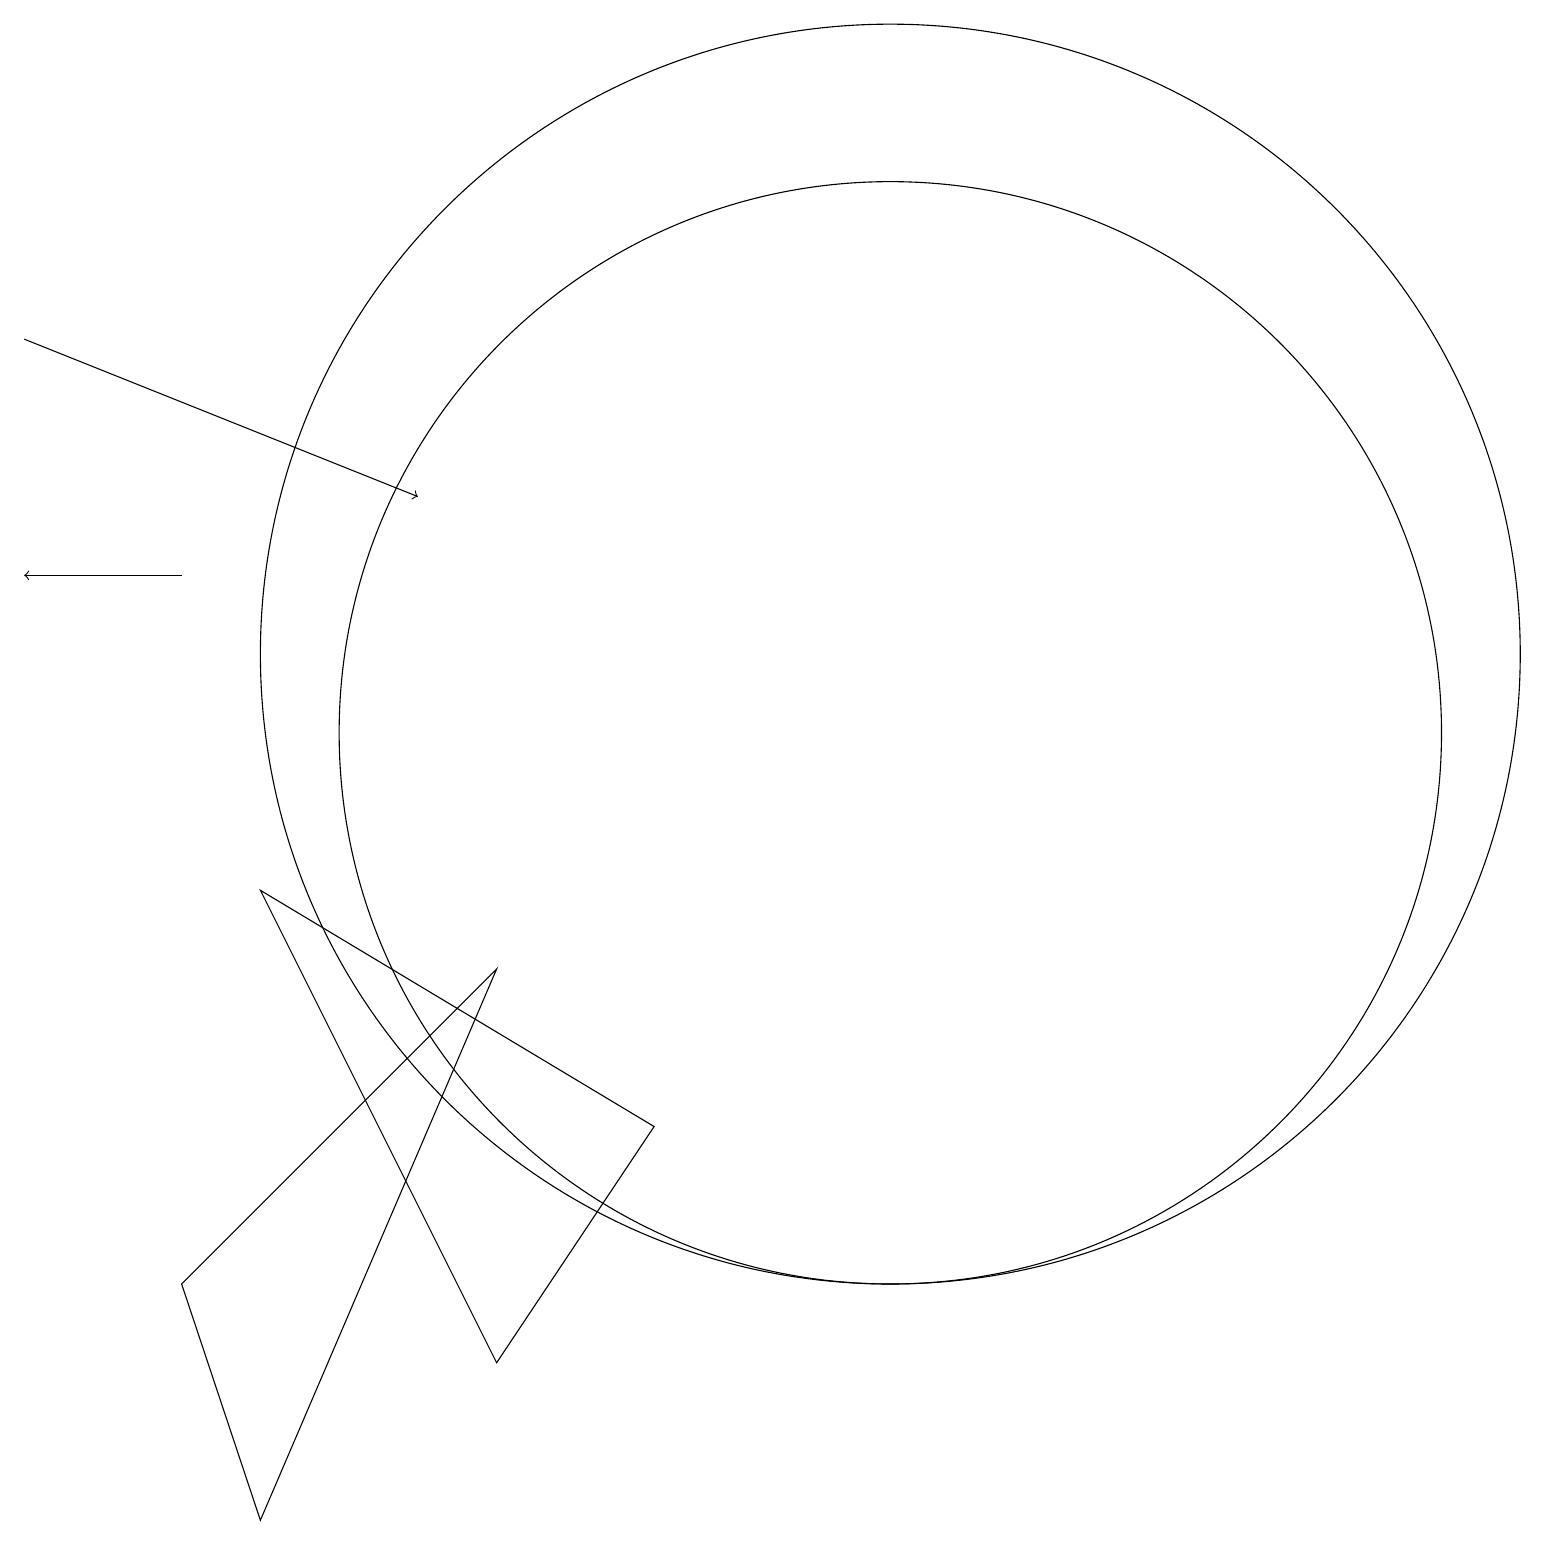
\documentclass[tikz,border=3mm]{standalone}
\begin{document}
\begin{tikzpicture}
\draw (8,6) -- (6,3) -- (3,9) -- cycle;
\draw (2,4) -- (6,8) -- (3,1) -- cycle;
\draw[->] (2,13) -- (0,13);
\draw (11,11) circle (7);
\draw (11,12) circle (8);
\draw[->] (0,16) -- (5,14);
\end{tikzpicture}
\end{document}